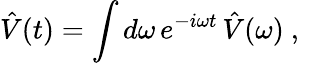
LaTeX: \hat{V}(t)=\int d\omega\, e^{-i\omega t}\, \hat{V}(\omega)\mathrm{~,~}